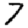
Digit: 7